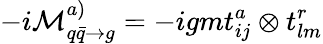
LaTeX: -i{\cal M}_{q\bar{q}\to g}^{a)}=-igmt_{ij}^{a}\otimes t_{lm}^{r}